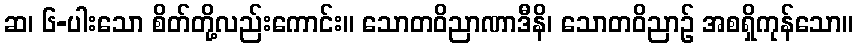
ဆ၊ ၆-ပါးသော စိတ်တို့လည်းကောင်း။ သောတဝိညာဏာဒီနိ၊ သောတဝိညာဉ် အစရှိကုန်သော။